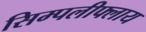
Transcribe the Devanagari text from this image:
सिम्पलीफ्लाय